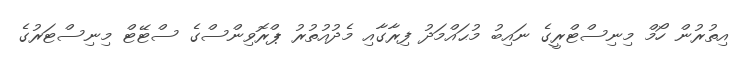
އިތުރުން ހޯމް މިނިސްޓްރީގެ ނައިބު މުޙައްމަދު ފިރާގާއި މެދުއުތުރު ޕްރޮވިންސްގެ ސްޓޭޓް މިނިސްޓަރުގެ